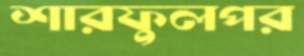
শারফুলপর